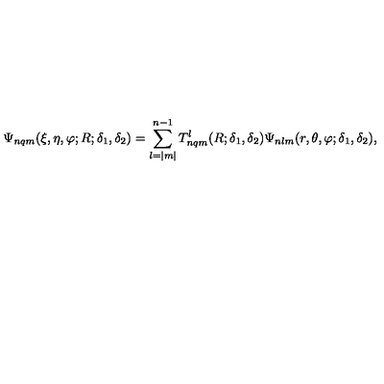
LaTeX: \Psi _ { n q m } ( \xi , \eta , \varphi ; R ; \delta _ { 1 } , \delta _ { 2 } ) = \sum _ { l = | m | } ^ { n - 1 } T _ { n q m } ^ { l } ( R ; \delta _ { 1 } , \delta _ { 2 } ) \Psi _ { n l m } ( r , \theta , \varphi ; \delta _ { 1 } , \delta _ { 2 } ) ,